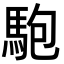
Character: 䮀